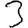
Digit: 3